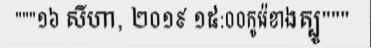
"""១៦ សីហា, ២០១៩ ១៥:០០កូរ៉េខាងត្បូ"""